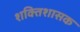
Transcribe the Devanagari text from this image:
शक्तिशासक